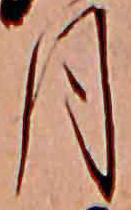
月